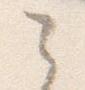
之